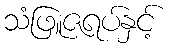
သံဖြူဇရပ်နှင့်